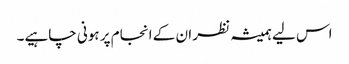
اس لیے ہمیشہ نظر ان کے انجام پر ہونی چاہیے۔